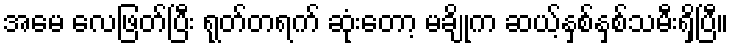
အမေ လေဖြတ်ပြီး ရုတ်တရက် ဆုံးတော့ မချိုက ဆယ့်နှစ်နှစ်သမီးရှိပြီ။